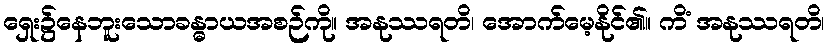
ရှေး၌နေဘူးသောခန္ဓာယအစဉ်ကို။ အနုဿရတိ၊ အောက်မေ့နိုင်၏။ ကိံ အနုဿရတိ၊